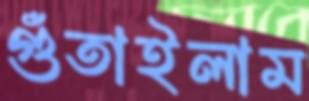
গুঁতাইলাম